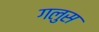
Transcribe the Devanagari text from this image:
गलुस